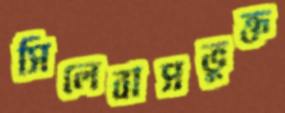
সিলেবাসভুক্ত